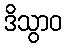
ဒိသွာဝ